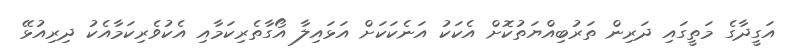
އަގީދާގެ މަތީގައި ދަރިން ތަރުބިއްޔަތުކޮށް އެކަކު އަނެކަކަށް އަޅައިލާ އޯގާތެރިކަމާއި އެކުވެރިކަމާއެކު ދިރިއުޅޭ